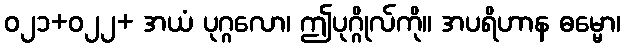
ဝ၂၁+၀၂၂+ အယံ ပုဂ္ဂလော၊ ဤပုဂ္ဂိုလ်ကို။ အပရိဟာန ဓမ္မော၊